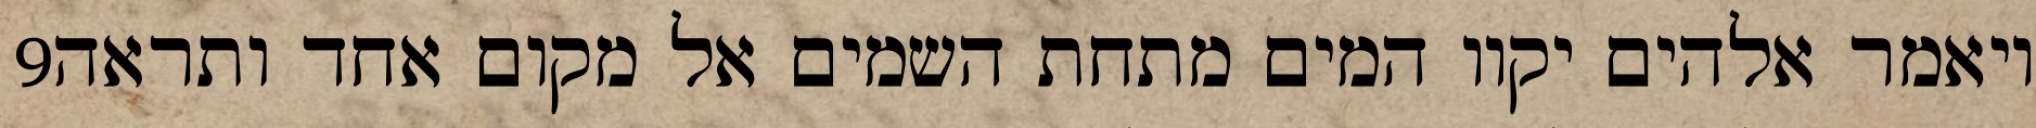
‎9‏ ויאמר אלהים יקוו המים מתחת השמים אל מקום אחד ותראה